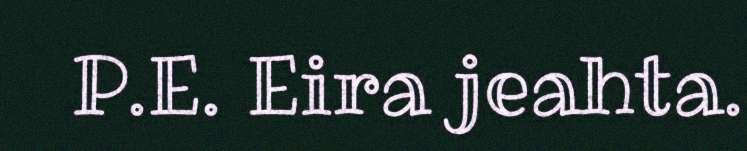
P.E. Eira jeahta.